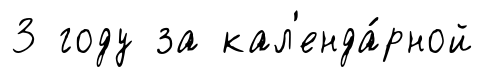
3 году за кал'енда́рной